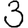
Digit: 3